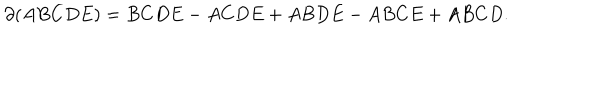
\partial ( A B C D E ) = B C D E - A C D E + A B D E - A B C E + A B C D .